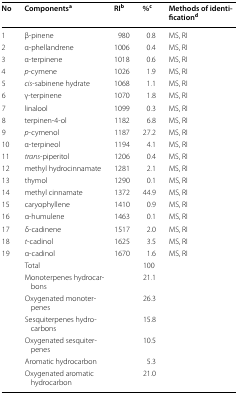
<table><thead><tr><td><b>No</b></td><td><b>Components<sup>a</sup></b></td><td><b>RI<sup>b</sup></b></td><td><b>%<sup>c</sup></b></td><td><b>Methods of identification<sup>d</sup></b></td></tr></thead><tbody><tr><td>1</td><td>β-pinene</td><td>980</td><td>0.8</td><td>MS, RI</td></tr><tr><td>2</td><td>α-phellandrene</td><td>1006</td><td>0.4</td><td>MS, RI</td></tr><tr><td>3</td><td>α-terpinene</td><td>1018</td><td>0.6</td><td>MS, RI</td></tr><tr><td>4</td><td><i>p</i>-cymene</td><td>1026</td><td>1.9</td><td>MS, RI</td></tr><tr><td>5</td><td><i>cis</i>-sabinene hydrate</td><td>1068</td><td>1.1</td><td>MS, RI</td></tr><tr><td>6</td><td>γ-terpinene</td><td>1070</td><td>1.8</td><td>MS, RI</td></tr><tr><td>7</td><td>linalool</td><td>1099</td><td>0.3</td><td>MS, RI</td></tr><tr><td>8</td><td>terpinen-4-ol</td><td>1182</td><td>6.8</td><td>MS, RI</td></tr><tr><td>9</td><td><i>p</i>-cymenol</td><td>1187</td><td>27.2</td><td>MS, RI</td></tr><tr><td>10</td><td>α-terpineol</td><td>1194</td><td>4.1</td><td>MS, RI</td></tr><tr><td>11</td><td><i>trans</i>-piperitol</td><td>1206</td><td>0.4</td><td>MS, RI</td></tr><tr><td>12</td><td>methyl hydrocinnamate</td><td>1281</td><td>2.1</td><td>MS, RI</td></tr><tr><td>13</td><td>thymol</td><td>1290</td><td>0.1</td><td>MS, RI</td></tr><tr><td>14</td><td>methyl cinnamate</td><td>1372</td><td>44.9</td><td>MS, RI</td></tr><tr><td>15</td><td>caryophyllene</td><td>1410</td><td>0.9</td><td>MS, RI</td></tr><tr><td>16</td><td>α-humulene</td><td>1463</td><td>0.1</td><td>MS, RI</td></tr><tr><td>17</td><td>δ-cadinene</td><td>1517</td><td>2.0</td><td>MS, RI</td></tr><tr><td>18</td><td><i>t</i>-cadinol</td><td>1625</td><td>3.5</td><td>MS, RI</td></tr><tr><td>19</td><td>α-cadinol</td><td>1670</td><td>1.6</td><td>MS, RI</td></tr><tr><td></td><td>Total</td><td></td><td>100</td><td></td></tr><tr><td></td><td>Monoterpenes hydrocarbons</td><td></td><td>21.1</td><td></td></tr><tr><td></td><td>Oxygenated monoterpenes</td><td></td><td>26.3</td><td></td></tr><tr><td></td><td>Sesquiterpenes hydrocarbons</td><td></td><td>15.8</td><td></td></tr><tr><td></td><td>Oxygenated sesquiterpenes</td><td></td><td>10.5</td><td></td></tr><tr><td></td><td>Aromatic hydrocarbon</td><td></td><td>5.3</td><td></td></tr><tr><td></td><td>Oxygenated aromatic hydrocarbon</td><td></td><td>21.0</td><td></td></tr></tbody></table>